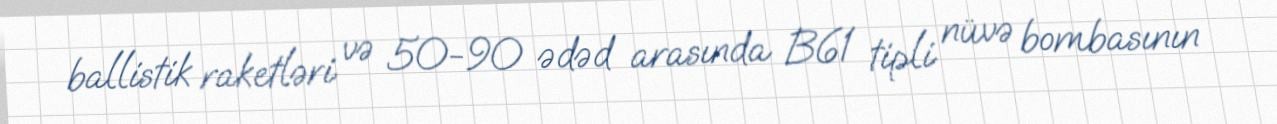
ballistik raketləri və 50-90 ədəd arasında B61 tipli nüvə bombasının